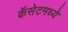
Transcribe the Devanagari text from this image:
कॅसेटमध्ये